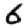
Digit: 6